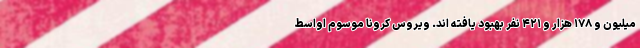
میلیون و ۱۷۸ هزار و ۴۲۱ نفر بهبود یافته اند. ویروس کرونا موسوم اواسط